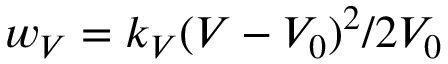
w _ { V } = k _ { V } ( V - V _ { 0 } ) ^ { 2 } / 2 V _ { 0 }